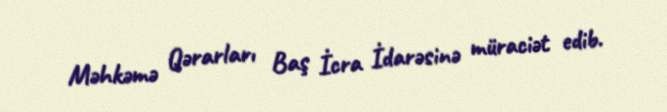
Məhkəmə Qərarları Baş İcra İdarəsinə müraciət edib.